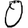
Digit: 0